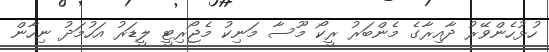
ހުޅުހެންވޭރު ދާއިރާގެ މެންބަރު ރީކޯ މޫސާ މަނިކު މެޖޯރިޓީ ލީޑަރު އަހުމަދު ނިހާން